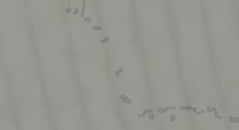
مركز العافية: صحة وسعادة